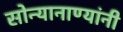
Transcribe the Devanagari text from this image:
सोन्यानाण्यांनी